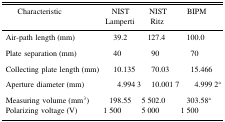
| Characteristic | NIST Lamperti | NIST Ritz | BIPM |
 | --- | --- | --- | --- |
 | Air-path length (mm) | 39.2 | 127.4 | 100.0 |
 | Plate separation (mm) | 40 | 90 | 70 |
 | Collecting plate length (mm) | 10.135 | 70.03 | 15.466 |
 | Aperture diameter (mm) | 4.994 3 | 10.001 7 | 4.999 2a |
 | Measuring volume (mm3) | 198.55 | 5 502.0 | 303.58a |
 | Polarizing voltage (V) | 1 500 | 5 000 | 1 500 |